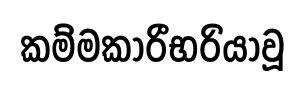
කම්මකාරීභරියාවූ